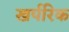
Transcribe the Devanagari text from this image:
खर्परिक